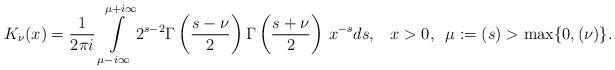
LaTeX: \begin{align*}K_{\nu}(x)=\frac{1}{2\pi i}\,\intop_{\mu-i\infty}^{\mu+i\infty}2^{s-2}\Gamma\left(\frac{s-\nu}{2}\right)\Gamma\left(\frac{s+\nu}{2}\right)\,x^{-s}ds,\,\,\,\,\,x>0,\,\,\,\mu:=(s)>\max\{0,(\nu)\}. \end{align*}